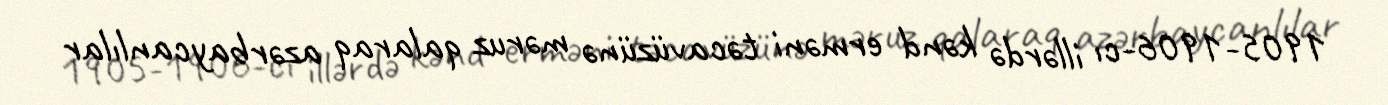
1905-1906-cı illərdə kənd erməni təcavüzünə məruz qalaraq azərbaycanlılar